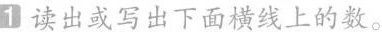
1读出或写出下面横线上的数。